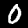
Label: 0